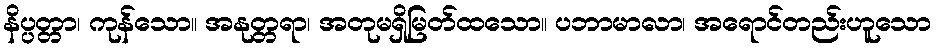
နိပ္ပတ္တာ၊ ကုန်သော။ အနုတ္တရာ၊ အတုမရှိမြတ်ထသော။ ပဘာမာလာ၊ အရောင်တည်းဟူသော